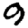
Digit: 9